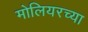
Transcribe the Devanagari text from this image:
मोलियरच्या